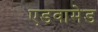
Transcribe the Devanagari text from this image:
एडवामेड